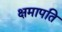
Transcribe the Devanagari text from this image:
क्षमापति